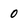
Character: 0